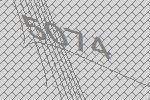
5074